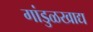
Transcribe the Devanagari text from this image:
गांडुळखाद्य